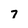
Character: 7